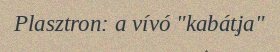
Plasztron: a vívó "kabátja"